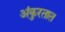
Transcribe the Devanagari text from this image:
अंकुरतात